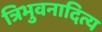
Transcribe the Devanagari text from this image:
त्रिभुवनादित्य